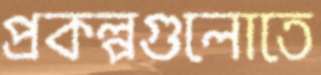
প্রকল্পগুলোতে